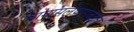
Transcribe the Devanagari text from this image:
मागासलेपणाबद्दल